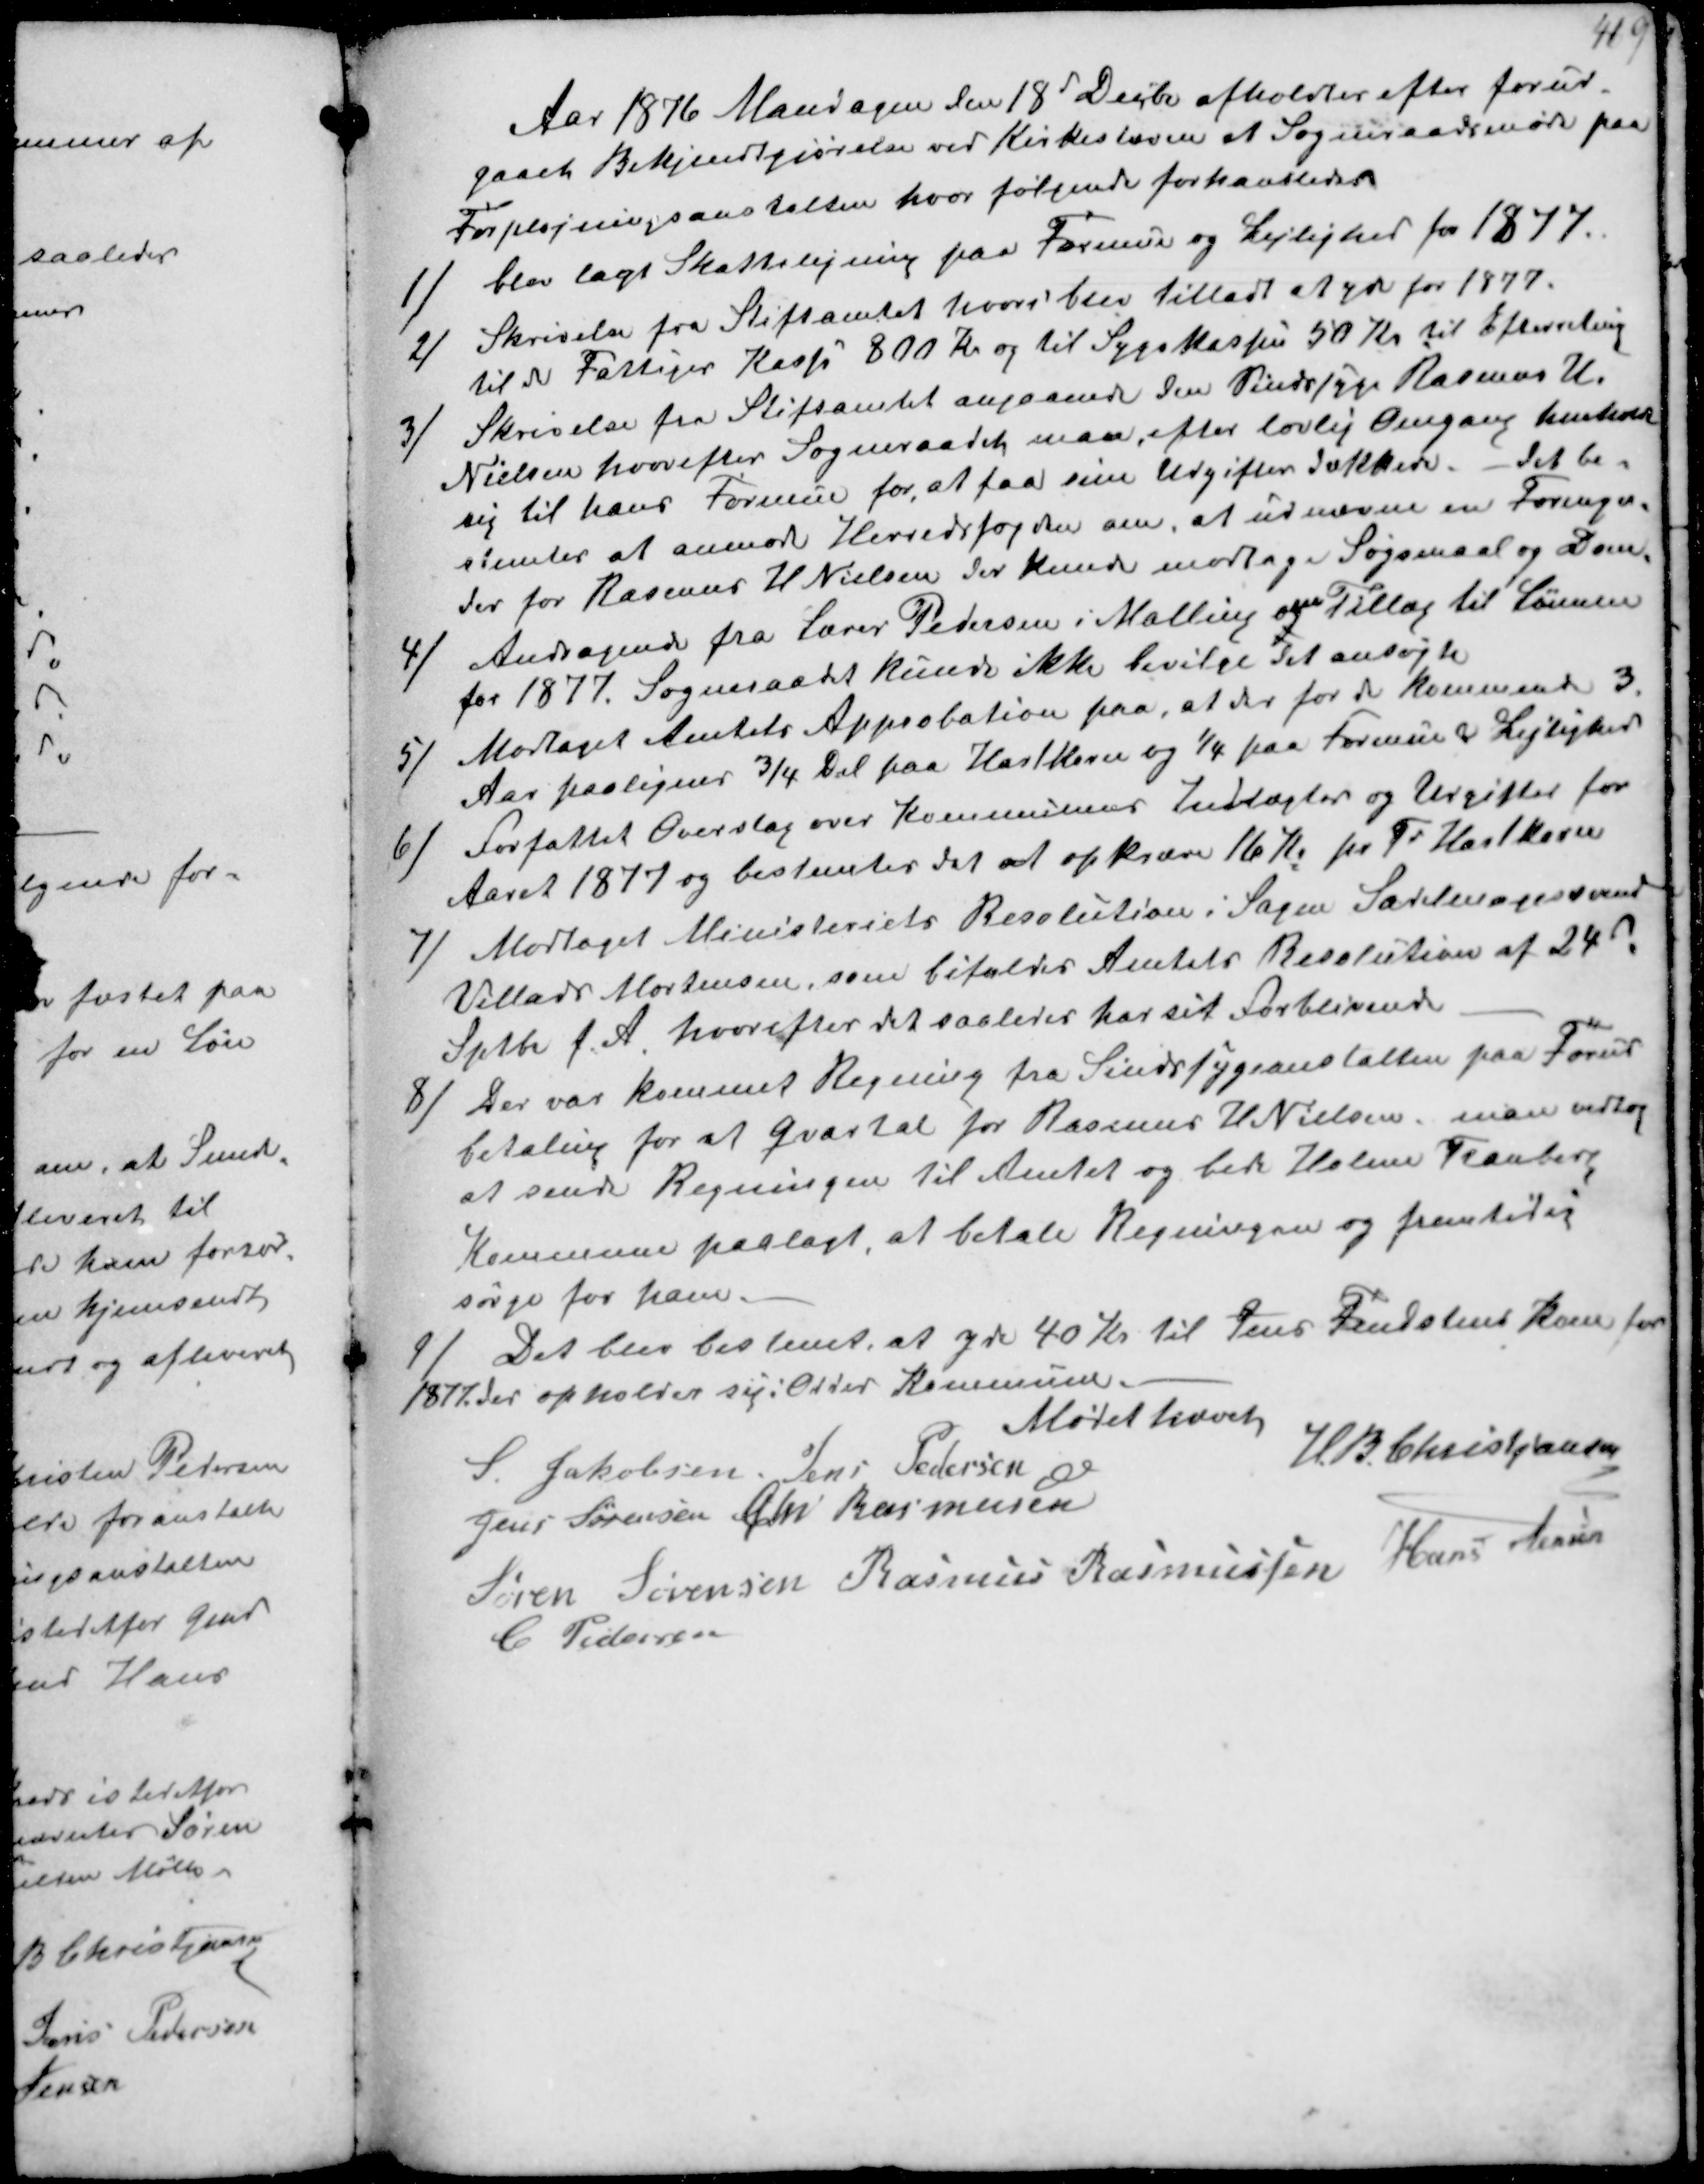
Transskription:
Aar 1876 Mandagen den 18d Decbr afholdtes efter forud-
gaaet Bekjendtgjørelse ved Kirkestævne et Sogneraadsmøde paa
Forplejningsanstalten hvor følgende forhandledes
1/ blev lagt Skatteligning paa Formue og Lejlighed for 1877
2/ Skrivelse fra Stiftamtet hvori blev tilladt at yde for 1877.
til de Fattiges Kasse 800 Kr og til Sygekassen 50 Kr. til Efterretning
3/ Skrivelse fra Stiftsamtet angaaende den Sindssyge Rasmus H.
Nielsen hvorefter Sogneraadet maa efter lovlig Omgang henholde
sig til hans Formue for at faa sine Udgifter dækkede. Det be-
stemtes at anmode Herredsfogden om, at udnævne en Formyn-
der for Rasmus H Nielsen der kunde modtage Søgsmaal og Dom.
4/ Andragende fra Lærer Pedersen i Malling om Tillæg til Lønnen
for 1877. Sogneraadet kunde ikke bevilge det ansøgte
5/ Modtaget Amtets Approbation paa, at der for det Kommende 3
Aar paaligner ¾ Del paa Hartkorn og 1/4 paa Formue og Lejlighed
6/ Forfattet Overslag over Kommunens Indtægter og Udgifter for
Aaret 1877 og bestemtes det at opkræve 16 Kr pr Td Hartkorn
7/ Modtaget Ministeriets Resolution i Sagen Sadelmagersvend
Villads Mortensen, som bifalder Amtets Resolution af 24d
Sptbr f.A. hvorefter det saaledes har sit Forblivende
8/ Der var kommet Regning fra Sindssygeanstalten paa Forud-
betaling for et qvartal for Rasmus H Nielsen, man vedtog
at sende Regningen til Amtet og bede Holme Tranberg
Kommune paalagt, at betale Regningen og fremtidig
sørge for ham.
9/
Det blev bestemt, at yde 40 Kr til Jens Frandsens Kone for
1877 der opholder sig i Odder Kommune.

Mødet hævet
H. B. Christjansen
S Jakobsen Jens Pedersen
Jens Sørensen Chr Rasmussen
Søren Sørensen Rasmus Rasmussen Hans Jensen
C Pedersen